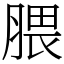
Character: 腲